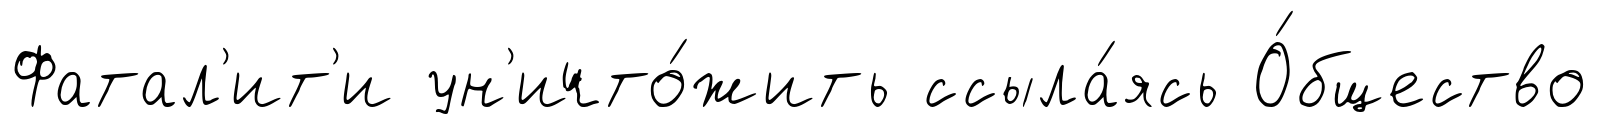
Фатал'ит'и ун'ичто́жить ссыла́ясь О́бщество